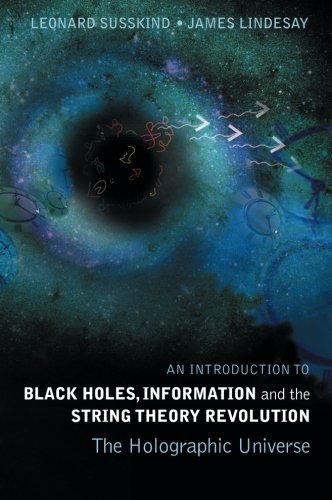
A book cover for An Introduction To Black Holes, Information And The String Theory Revolution: The Holographic Universe; Leonard Susskind; Computers & Technology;